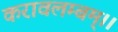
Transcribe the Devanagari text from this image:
करावलम्बम्।।